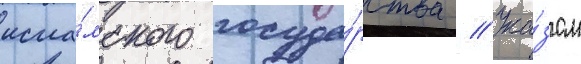
исла́мского госуда́рства // Ука́зом